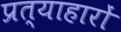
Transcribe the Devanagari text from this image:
प्रत्याहारों